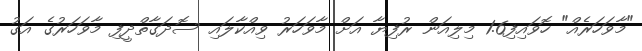
"މާވަހަރެއް" ހޮވައިފި1.6 މިލިއަން ރުފިޔާ އަށް މާވަހަރު ވިއްކާލައި ސޮދަގާތްދީފި މާވަހަރުގެ އަގު